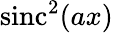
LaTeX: \operatorname{sinc}^{2}(ax)